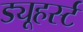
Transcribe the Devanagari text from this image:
ड्यूहर्स्ट